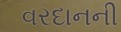
વરદાનની